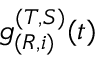
g _ { ( R , i ) } ^ { ( T , S ) } ( t )